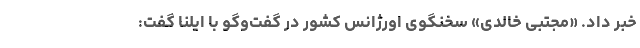
خبر داد. «مجتبی خالدی» سخنگوی اورژانس کشور در گفت‌وگو با ایلنا گفت: